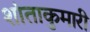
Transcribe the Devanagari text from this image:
शांताकुमारी